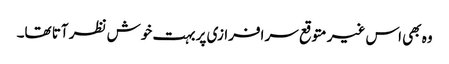
وہ بھی اس غیر متوقع سر افرازی پر بہت خوش نظر آتا تھا۔